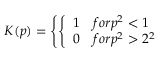
K ( p ) = \left\{ \left\{ \begin{array} { l l } { { 1 } } & { { f o r p ^ { 2 } < 1 } } \\ { { 0 } } & { { f o r p ^ { 2 } > 2 ^ { 2 } } } \end{array} \right. \right.